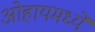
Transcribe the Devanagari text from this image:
ओहायमध्ये